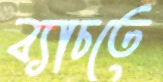
ব্যাচতে